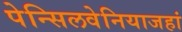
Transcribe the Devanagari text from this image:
पेन्सिलवेनियाजहां